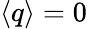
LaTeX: \langle q\rangle=0